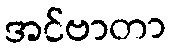
အင်ဗာတာ